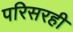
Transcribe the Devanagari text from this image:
परिसरही